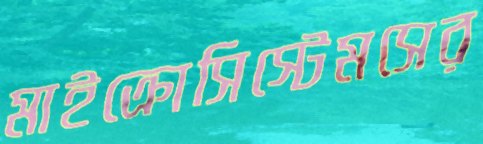
মাইক্রোসিস্টেমসের